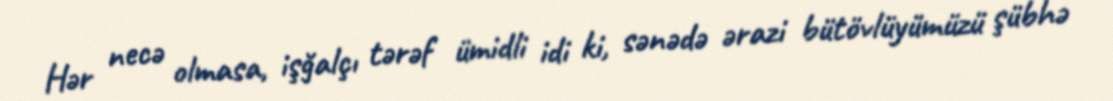
Hər necə olmasa, işğalçı tərəf ümidli idi ki, sənədə ərazi bütövlüyümüzü şübhə